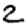
Digit: 2